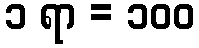
၁ ရာ = ၁၀၀